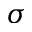
\sigma